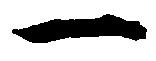
一